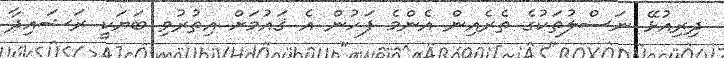
ދިރިއުޅޭ ނަސްލުތަކުގެ ތެރެއިން އެންމެ ފަހުން އެ ޤައުމަށް އިތުރުވި ބަޔަކީ ރަޝައިދާ